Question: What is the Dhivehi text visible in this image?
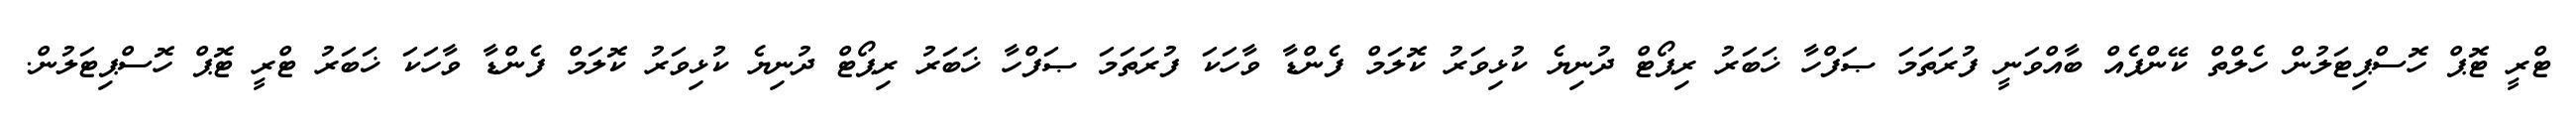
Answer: ޓްރީ ޓޮޕް ހޮސްޕިޓަލުން ހެލްތް ކޭންޕެއް ބާއްވަނީ ފުރަތަމަ ޞަފްހާ ޚަބަރު ރިޕޯޓް ދުނިޔެ ކުޅިވަރު ކޮލަމް ފެންޑާ ވާހަކަ ފުރަތަމަ ޞަފްހާ ޚަބަރު ރިޕޯޓް ދުނިޔެ ކުޅިވަރު ކޮލަމް ފެންޑާ ވާހަކަ ޚަބަރު ޓްރީ ޓޮޕް ހޮސްޕިޓަލުން.